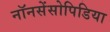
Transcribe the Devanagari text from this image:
नॉनसेंसोपिडिया